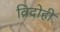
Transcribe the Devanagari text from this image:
व्रिदोही